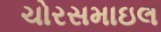
ચોરસમાઇલ